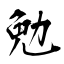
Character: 勉